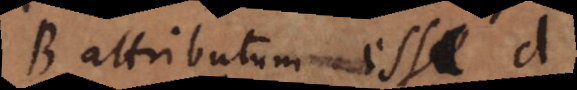
B attributum esse d